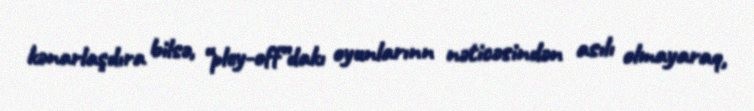
kənarlaşdıra bilsə, “pley-off”dakı oyunlarınn nəticəsindən asılı olmayaraq,